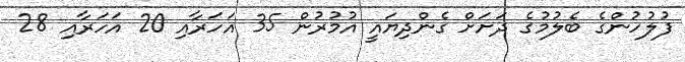
ފުލުހުންގެ ބެލުމުގެ ދަށަށް ގެންދިޔައީ އުމުރުން 35 އަހަރާއި 20 އަހަރާއި 28